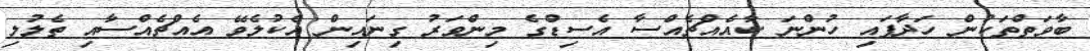
ބާވަތްތަކުން ހަދާފައި ހުންނަ ކާއެއްޗެއްސާ އެސިޑްގެ މިންވަރު ގިނައިން އެކުލެވޭ އެއްޗެއްސާއި ތެލުލި